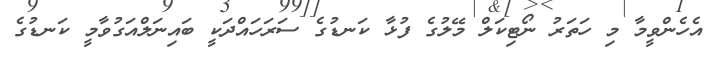
އެހެންވީމާ މި ހަތަރު ނޯޓިކަލް މޭލުގެ ފުޅާ ކަނޑުގެ ސަރަހައްދަކީ ބައިނަލްއަގުވާމީ ކަނޑުގެ